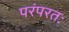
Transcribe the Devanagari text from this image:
परंपरतः